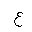
Letter: _ayn